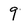
Character: 9